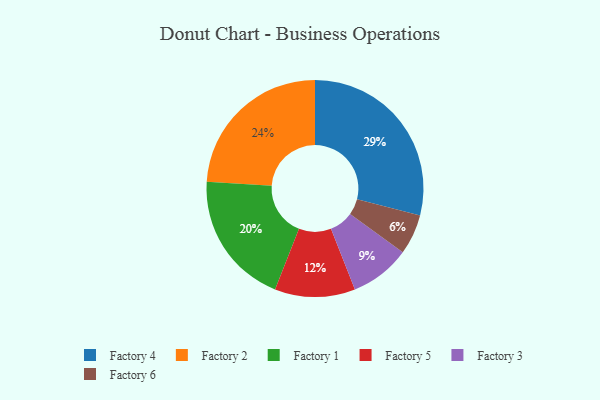
{"axis": {"x": "Category", "y": "Percentage"}, "legend": ["Factory 1", "Factory 2", "Factory 3", "Factory 4", "Factory 5", "Factory 6"], "data": [{"x": "Factory 2", "y": 24, "type": "Factory 2"}, {"x": "Factory 1", "y": 20, "type": "Factory 1"}, {"x": "Factory 6", "y": 6, "type": "Factory 6"}, {"x": "Factory 3", "y": 9, "type": "Factory 3"}, {"x": "Factory 4", "y": 29, "type": "Factory 4"}, {"x": "Factory 5", "y": 12, "type": "Factory 5"}]}